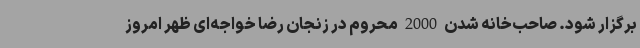
برگزار شود. صاحب‌خانه شدن 2000 محروم در زنجان رضا خواجه‌ای ظهر امروز